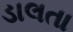
ડાલતા